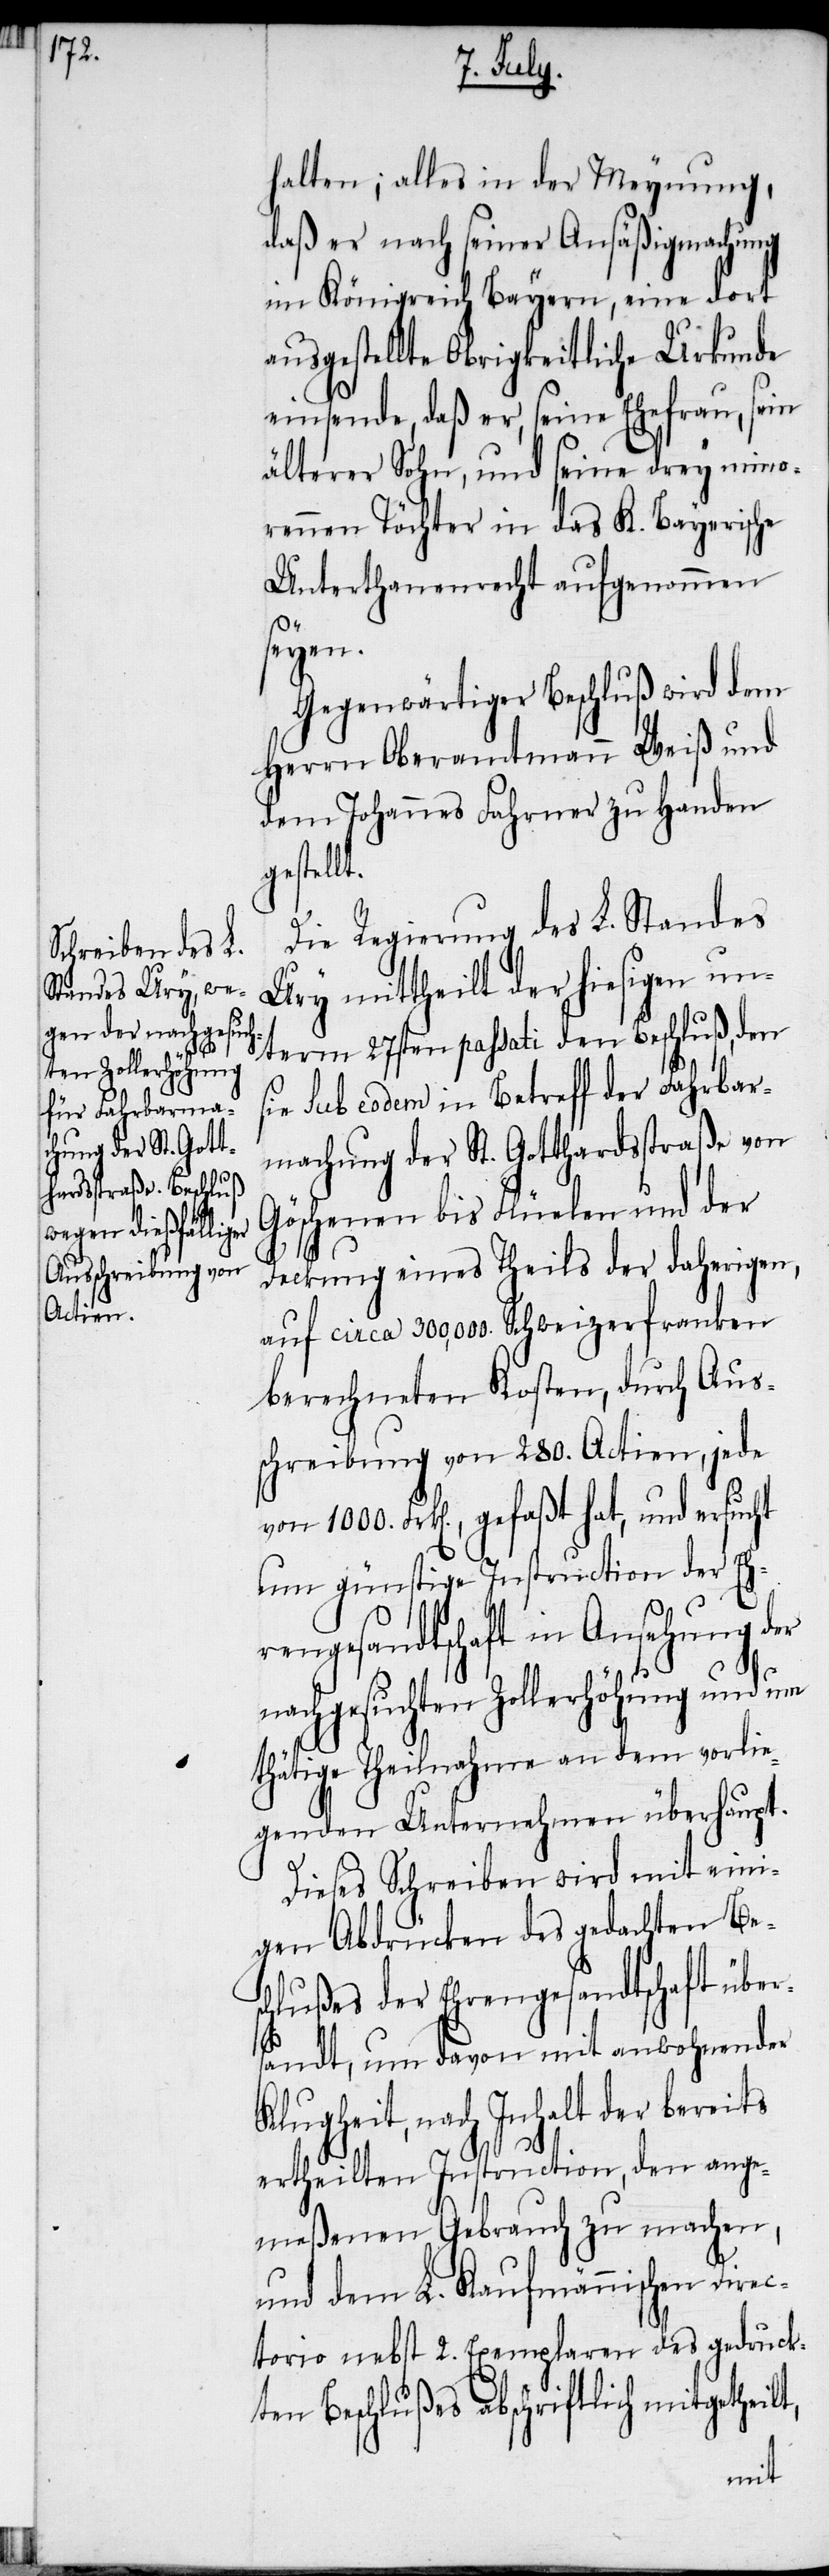
halten; alles in der Meynung,
daß er nach seiner Ansäßigmachung
im Königreich Bayern, eine dort
ausgestellte Obrigkeitliche Urkunde
einsende, daß er, seine Ehefrau, sein
älterer Sohn, und seine drey mino¬
rennen Töchter in das K. Bayerische
Unterthanenrecht aufgenommen
seyen.
Gegenwärtiger Beschluß wird dem
Herrn Oberamtmann Weiß und
dem Johannes Fahrner zu Handen
gestellt.
Die Regierung des L. Standes
Ury mittheilt der hiesigen un¬
term 27sten passati den Beschluß, den
sie sub eodem in Betreff der Fahrbar¬
machung der St. Gotthardstraße von
Göschenen bis Flüelen und der
Deckung eines Theils der daherigen,
auf circa 300,000. Schweizerfranken
berechneten Kosten, durch Aus¬
schreibung von 280. Actien, jede
um günstige Instruction der Eh¬
rengesandtschaft in Ansehung der
nachgesuchten Zollerhöhung und um
thätige Theilnahme an dem vorli¬
egenden Unternehmen überhaupt.
Dieses Schreiben wird mit eini¬
gen Abdrücken des gedachten Bes¬
chlußes der Ehrengesandtschaft über¬
sandt, um davon mit anwohnender
Klugheit, nach Inhalt der bereits
ertheilten Instruction, den ange¬
meßenen Gebrauch zu machen,
und dem L. Kaufmännischen Dire¬
ctorio nebst 2. Exemplaren des gedruck¬
ten Beschlußes abschriftlich mitgethei¬
lt,